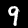
Digit: 9